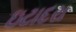
ઇટાદરા